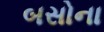
બસોના